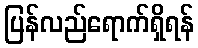
ပြန်လည်ရောက်ရှိရန်